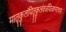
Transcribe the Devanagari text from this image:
मातृकुलंपितृकुलंवर्जयित्वानराधमः